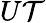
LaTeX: U\mathcal{T}